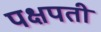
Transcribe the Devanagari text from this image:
पक्षपती